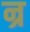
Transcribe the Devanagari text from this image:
न्र